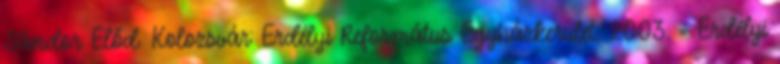
Sándor Előd. Kolozsvár: Erdélyi Református Egyházkerület. 2003. = Erdélyi